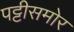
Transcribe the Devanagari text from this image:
पट्टीसमोर